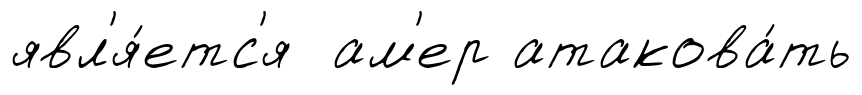
явл'я́етс'я ам'ер атакова́ть